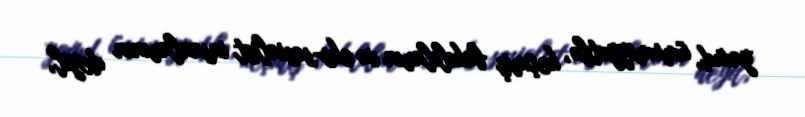
yaxud, ümumiyyətlə, keçmiş bakılıların və eks-sosialist insanlarının deyil,